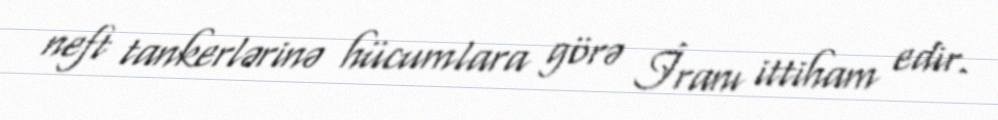
neft tankerlərinə hücumlara görə İranı ittiham edir.